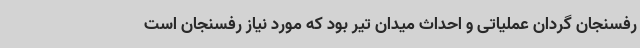
رفسنجان گردان عملیاتی و احداث میدان تیر بود که مورد نیاز رفسنجان است